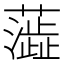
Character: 𫊉